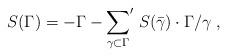
LaTeX: \begin{align*}S(\Gamma)=-\Gamma-{\sum_{\gamma\subset\Gamma}}'\;S(\bar{\gamma})\cdot\Gamma/\gamma\;,\end{align*}